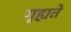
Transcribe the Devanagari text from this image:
गृह्यते